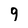
Character: 9